Veterinary [1904] -
Year: 1904
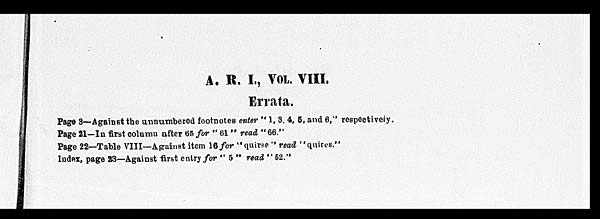
A. R. I., VOL. VIII.
Errata.
Page 3—Against the unnumbered footnotes enter " 1, 3, 4, 5, and 6," respectively.
Page 21—In first column after 65 for " 61 " read "66."
Page 22—Table VIII—Agrainst item 16 for "quirse " read "quires."
Index, page 23—Against first entry for " 5 " read "52."